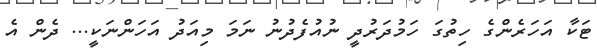
ޓަކާ އަހަރެންގެ ހިތުގަ ހަމުދަރުދީ ނުއުފެދުނު ނަމަ މިއަދު އަހަންނަކީ... ދެން އެ